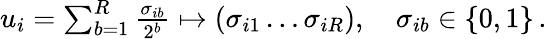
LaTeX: \begin{array}{r}{u_{i}=\sum_{b=1}^{R}\frac{\sigma_{ib}}{2^{b}}\mapsto(\sigma_{i1}\dots\sigma_{iR}),\quad\sigma_{ib}\in\{ 0,1\} \, .}\end{array}